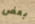
بعض